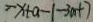
- x + a - 1 - 3 m + 7